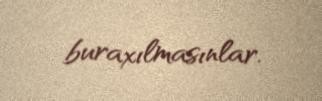
buraxılmasınlar.